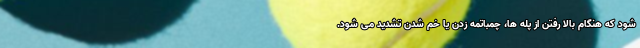
شود که هنگام بالا رفتن از پله ها، چمباتمه زدن یا خم شدن تشدید می شود.